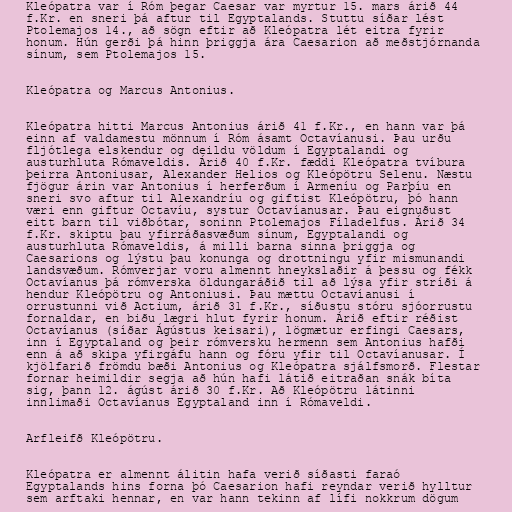
Kleópatra var í Róm þegar Caesar var myrtur 15. mars árið 44
f.Kr. en sneri þá aftur til Egyptalands. Stuttu síðar lést
Ptolemajos 14., að sögn eftir að Kleópatra lét eitra fyrir
honum. Hún gerði þá hinn þriggja ára Caesarion að meðstjórnanda
sínum, sem Ptolemajos 15.

Kleópatra og Marcus Antonius.

Kleópatra hitti Marcus Antonius árið 41 f.Kr., en hann var þá
einn af valdamestu mönnum í Róm ásamt Octavíanusi. Þau urðu
fljótlega elskendur og deildu völdum í Egyptalandi og
austurhluta Rómaveldis. Árið 40 f.Kr. fæddi Kleópatra tvíbura
þeirra Antoniusar, Alexander Helios og Kleópötru Selenu. Næstu
fjögur árin var Antonius í herferðum í Armeníu og Parþíu en
sneri svo aftur til Alexandríu og giftist Kleópötru, þó hann
væri enn giftur Octavíu, systur Octavíanusar. Þau eignuðust
eitt barn til viðbótar, soninn Ptolemajos Fíladelfus. Árið 34
f.Kr. skiptu þau yfirráðasvæðum sínum, Egyptalandi og
austurhluta Rómaveldis, á milli barna sinna þriggja og
Caesarions og lýstu þau konunga og drottningu yfir mismunandi
landsvæðum. Rómverjar voru almennt hneykslaðir á þessu og fékk
Octavíanus þá rómverska öldungaráðið til að lýsa yfir stríði á
hendur Kleópötru og Antoniusi. Þau mættu Octavíanusi í
orrustunni við Actium, árið 31 f.Kr., síðustu stóru sjóorrustu
fornaldar, en biðu lægri hlut fyrir honum. Árið eftir réðist
Octavíanus (síðar Ágústus keisari), lögmætur erfingi Caesars,
inn í Egyptaland og þeir rómversku hermenn sem Antonius hafði
enn á að skipa yfirgáfu hann og fóru yfir til Octavíanusar. Í
kjölfarið frömdu bæði Antonius og Kleópatra sjálfsmorð. Flestar
fornar heimildir segja að hún hafi látið eitraðan snák bíta
sig, þann 12. ágúst árið 30 f.Kr. Að Kleópötru látinni
innlimaði Octavíanus Egyptaland inn í Rómaveldi.

Arfleifð Kleópötru.

Kleópatra er almennt álitin hafa verið síðasti faraó
Egyptalands hins forna þó Caesarion hafi reyndar verið hylltur
sem arftaki hennar, en var hann tekinn af lífi nokkrum dögum